Piroplasma canis and its life cycle in the tick - Number 29
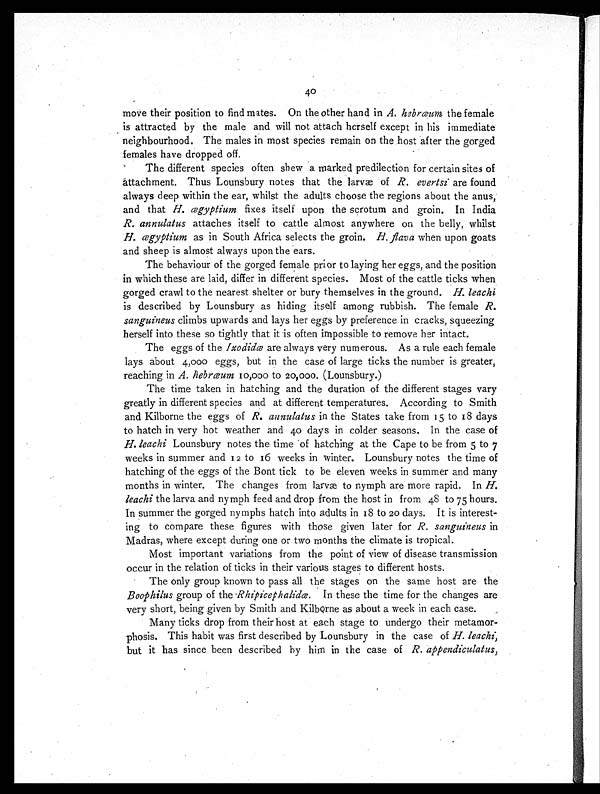
40
move their position to find mates. On the other hand in A. hebræum the female
is attracted by the male and will not attach herself except in his immediate
neighbourhood. The males in most species remain on the host after the gorged
females have dropped off.
The different species often spew a marked predilection for certain sites of
attachment. Thus Lounsbury notes that the larvæ of R. evertsi are found
always deep within the ear, whilst the adults choose the regions about the anus,
and that H. ægyptium fixes itself upon the scrotum and groin. In India
R. annulatus attaches itself to cattle almost anywhere on the belly, whilst
H. ægyptium as in South Africa selects the groin. H. flavawhen upon goats
and sheep is almost always upon the ears.
The behaviour of the gorged female prior to laying her eggs, and the position
in which these are laid, differ in different species. Most of the cattle ticks when
gorged crawl to the nearest shelter or bury themselves in the ground. H. leachi
is described by Lounsbury as hiding itself among rubbish. The female R.
sanguineus climbs upwards and lays her eggs by preference in cracks, squeezing
herself into these so tightly that it is often impossible to remove her intact.
The eggs of the Ixodidæare always very numerous. As a rule each female
lays about 4,000 eggs, but in the case of large ticks the number is greater,
reaching in A. hebræum 10,000 to 20,000. (Lounsbury.)
The time taken in hatching and the duration of the different stages vary
greatly in different species and at different temperatures. According to Smith
and Kilborne the eggs of R. annulatus in the States take from 15 to 18 days
to hatch in very hot weather and 40 days in colder seasons. In the case of
H. leachi Lounsbury notes the time of hatching at the Cape to be from 5 to 7
weeks in summer and 12 to 16 weeks in winter. Lounsbury notes the time of
hatching of the eggs of the Bont tick to be eleven weeks in summer and many
months in winter. The changes from larvæ to nymph are more rapid. In H.
leachi the larva and nymph feed and drop from the host in from 48 to 75 hours.
In summer the gorged nymphs hatch into adults in 18 to 20 days. It is interest-
ing to compare these figures with those given later for R. sanguineus in
Madras, where except during one or two months the climate is tropical.
Most important variations from the point of view of disease transmission
occur in the relation of ticks in their various stages to different hosts.
The only group known to pass all the stages on the same host are the
Boophilus group of the Rhipicephalidæ. In these the time for the changes are
very short, being given by Smith and Kilborne as about a week in each case.
Many ticks drop from their host at each stage to undergo their metamor-
phosis. This habit was first described by Lounsbury in the case of H. leachi
but it has since been described by him in the case of R. appendiculatus,